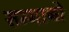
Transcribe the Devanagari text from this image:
सम्मानो